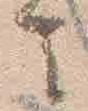
云